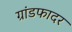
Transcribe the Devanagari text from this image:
ग्रांडफादर